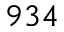
9 3 4